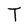
Character: T